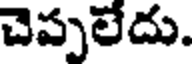
చెప్పలేదు.